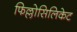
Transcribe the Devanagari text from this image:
फिल्लोसिलिकेट